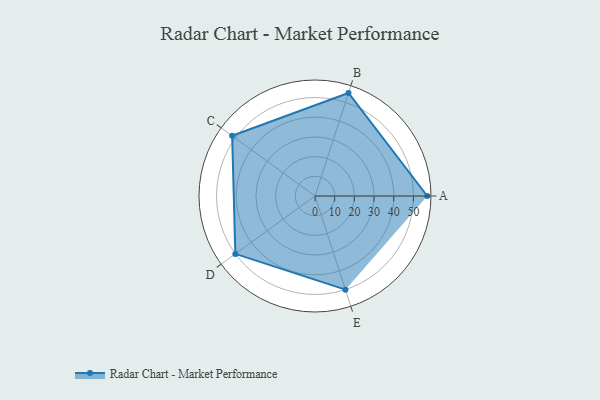
{"axis": {"x": "Skill", "y": "Score"}, "legend": ["Profile"], "data": [{"x": "A", "y": 57.0, "type": "Profile"}, {"x": "B", "y": 55.0, "type": "Profile"}, {"x": "C", "y": 52.0, "type": "Profile"}, {"x": "D", "y": 50.0, "type": "Profile"}, {"x": "E", "y": 50.0, "type": "Profile"}]}